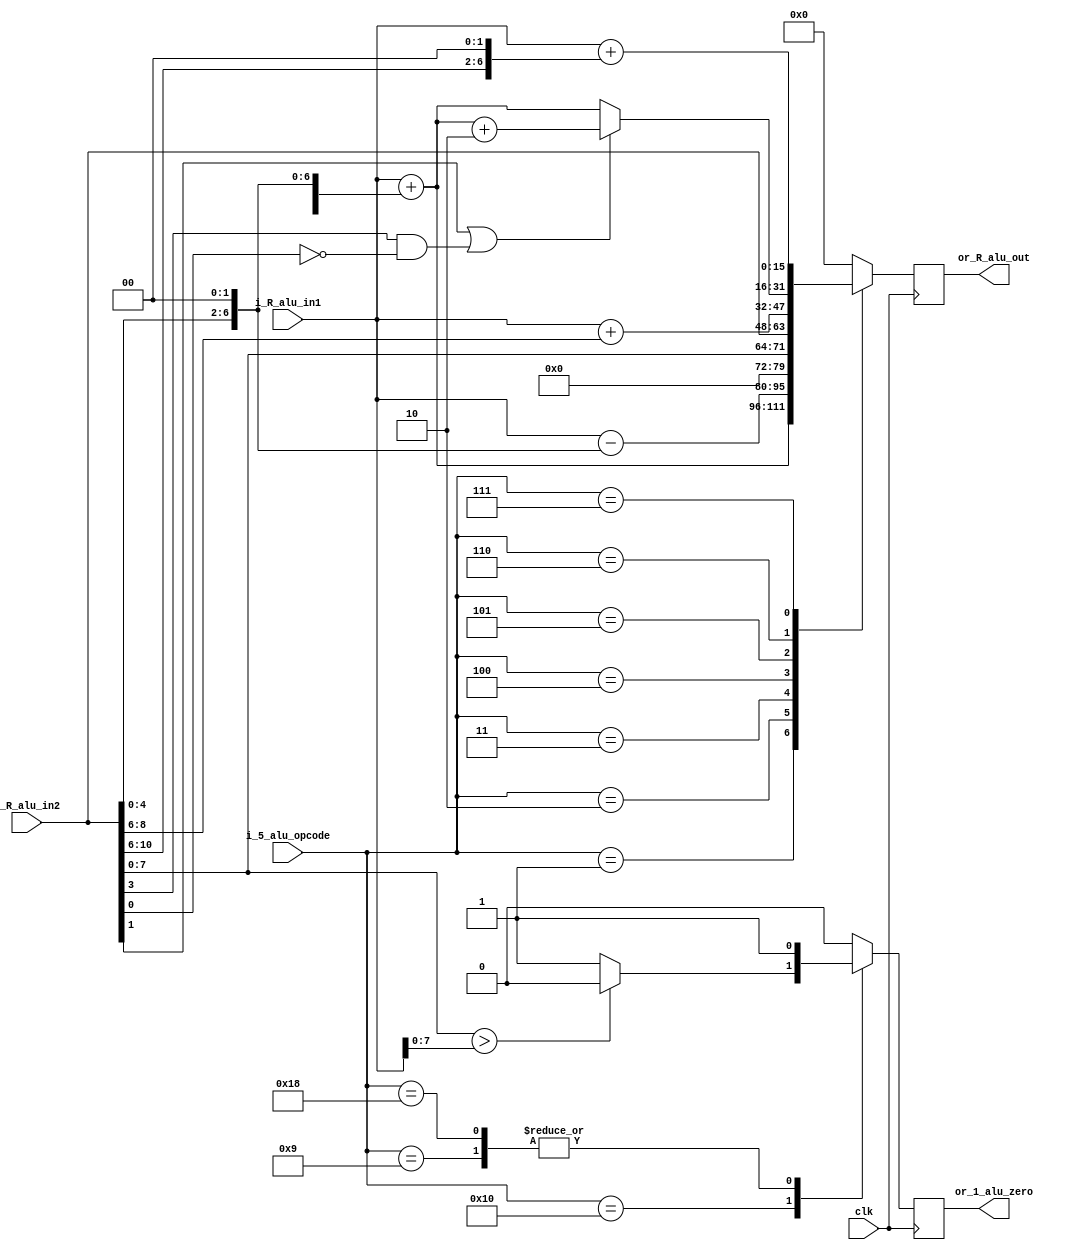
module alu # (
	parameter 	REG_WIDTH=16)(
	input	wire	clk,
	input	wire	[REG_WIDTH-1:0]	i_R_alu_in1,
	input	wire	[REG_WIDTH-1:0]	i_R_alu_in2,
	input	wire 	[4:0]		i_5_alu_opcode,
	output 	reg	[REG_WIDTH-1:0]	or_R_alu_out,
	output 	reg			or_1_alu_zero);
	
	localparam 	NULL	= 5'b00000;
	localparam 	ADDSP	= 5'b00001;
	localparam	SUBSP	= 5'b00010;
	localparam	MOVS	= 5'b00011;
	localparam	MOV	= 5'b00100;
	localparam	ADDS	= 5'b00101;
	localparam	LDRPC	= 5'b00110;
	localparam	LDR	= 5'b00111;
	localparam	BN	= 5'b01001;
	localparam	CMP	= 5'b10000;
	localparam	BLEN	= 5'b11000;
//	localparam	MUL    	= 5'b00011;
//	localparam	AND    	= 5'b00100;
//	localparam	OR    	= 5'b00101;
//	localparam	XOR    	= 5'b00110;
//	localparam	COMP    = 5'b00111;
	always @(posedge clk) begin
		case (i_5_alu_opcode)
			ADDSP	: begin
					or_R_alu_out 	<= i_R_alu_in1 + ({{REG_WIDTH-8}*{1'b0},i_R_alu_in2[7:0]}<<2);
					or_1_alu_zero 	<= 0;
			end
            		SUBSP  	: begin
					or_R_alu_out 	<= i_R_alu_in1 - {{REG_WIDTH-7}*{1'b0},(i_R_alu_in2[6:0]<<2)};
					or_1_alu_zero 	<= 0;
			end
            		MOVS  	: begin
					or_R_alu_out 	<= {{REG_WIDTH-8}*{1'b0},i_R_alu_in2[7:0]};
					or_1_alu_zero	<= 0;
			end
			MOV  	: begin
					or_R_alu_out 	<= i_R_alu_in2;
					or_1_alu_zero	<= 0;
			end
			ADDS  	: begin
					or_R_alu_out 	<= i_R_alu_in1+ {{REG_WIDTH-3}*{1'b0},i_R_alu_in2[8:6]};
					or_1_alu_zero	<= 0;
			end
			LDRPC	: begin
					if ((i_R_alu_in2[1]) || (i_R_alu_in2[3]&&(!i_R_alu_in2[0]))) begin
						or_R_alu_out 	<= i_R_alu_in1 + ({{REG_WIDTH-8}*{1'b0},i_R_alu_in2[7:0]}<<2)+2;
					end
					else begin
						or_R_alu_out 	<= i_R_alu_in1 + ({{REG_WIDTH-8}*{1'b0},i_R_alu_in2[7:0]}<<2);
					end
					or_1_alu_zero 	<= 0;
			end
			LDR	: begin
					or_R_alu_out 	<= i_R_alu_in1 + {{REG_WIDTH-7}*{1'b0},i_R_alu_in2[10:6],2'b00};
					or_1_alu_zero 	<= 0;
			end
			BN	: begin
					or_R_alu_out 	<= 0;
					or_1_alu_zero 	<= 1;
			end
			CMP	: begin
					//{or_1_alu_zero,or_R_alu_out} 	<= {1'b0,8'h00, i_R_alu_in2[7:0]} - {1'b0,i_R_alu_in1}-{16'h0000,1'b1};
					if(i_R_alu_in2[7:0]>i_R_alu_in1[7:0]) begin
						or_1_alu_zero 	<=0;
						or_R_alu_out	<=0;
					end 
					else begin
						or_1_alu_zero 	<=1;
						or_R_alu_out	<=0;
					end
					//{or_1_alu_zero,or_R_alu_out[15:8]} 	<= {1'b0,i_R_alu_in2[7:0]} - {i_R_alu_in1[8:0]}-{8'h00,1'b1};
			end
			BLEN	: begin
					or_R_alu_out 	<= 0;
					or_1_alu_zero 	<= 1;
			end

			default : begin 
					or_R_alu_out 	<= 'h0;
					or_1_alu_zero 	<= 'h0;
			end
		endcase
	end
endmodule